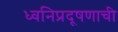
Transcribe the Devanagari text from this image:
ध्वनिप्रदूषणाची